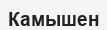
Камышен